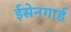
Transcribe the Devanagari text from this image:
ईसेनगार्ड